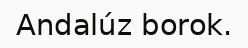
Andalúz borok.